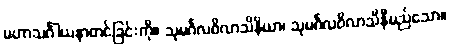
မဟာသင်္ဂါယနာတင်ခြင်းကို။ သုမင်္ဂလဝိလာသိနိယာ၊ သုမင်္ဂလဝိလာသိနီမည်သော။